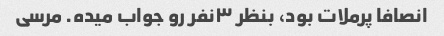
انصافا پرملات بود، بنظر ۳نفر رو جواب میده. مرسی